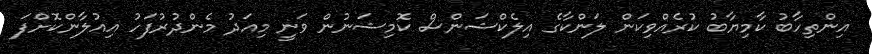
އިންތިހާބު ކާމިޔާބު ކުރެއްވިކަން ލަންކާގެ އިލެކްޝަންސް ކޮމިޝަނުން ވަނީ މިއަދު މެންދުރުފަހު އިއުލާންކޮށްފަ